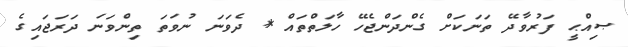
ޞިއްޙީ ފަރުވާދޭ ތަނަކަށް ގެންދަންޖެހޭ ހާލަތްތައް * ދެވަނަ ނުވަތަ ތިންވަނަ ދަރަޖައިގެ